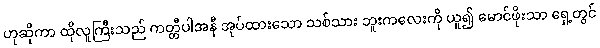
ဟုဆိုကာ ထိုလူကြီးသည် ကတ္တီပါအနီ အုပ်ထားသော သစ်သား ဘူးကလေးကို ယူ၍ မောင်ဖိုးသာ ရှေ့တွင်